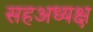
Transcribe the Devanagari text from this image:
सहअध्यक्ष